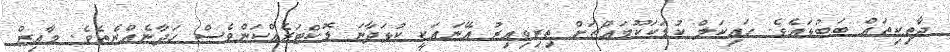
ދާތިކިތައް ބަބުޅައެވެ. ހައިކަލް ކުޑަކަކޫމައްޗަށް ތިރިވިއިރު އޭނައަކީ ކުޅަދާނަ ޑޮކްޓަރެއްކަންވެސް ހަދާނެއްނެތެވެ. މާއިޒް